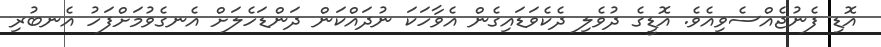
އޮޑި ފެނުޖެއްސެވިއެވެ. އޮޑީގެ ދުވެލި ދެކެވަޑައިގެން އެވާހަކަ ނުދައްކަން ދަންޑަހެލަށް އެނގެވުމަށްފަހު އެނބުރި